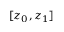
[ z _ { 0 } , z _ { 1 } ]